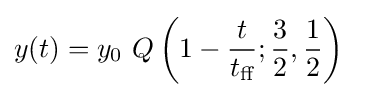
y(t)=y_{0}~Q\left(1-{\frac {t}{t_{\text{ff}}}};{\frac {3}{2}},{\frac {1}{2}}\right)~